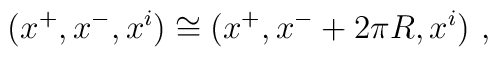
(x^+, x^-, x^i) \cong (x^+, x^- + 2\pi R, x^i)\ ,